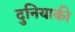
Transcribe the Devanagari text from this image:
दुनियाकी